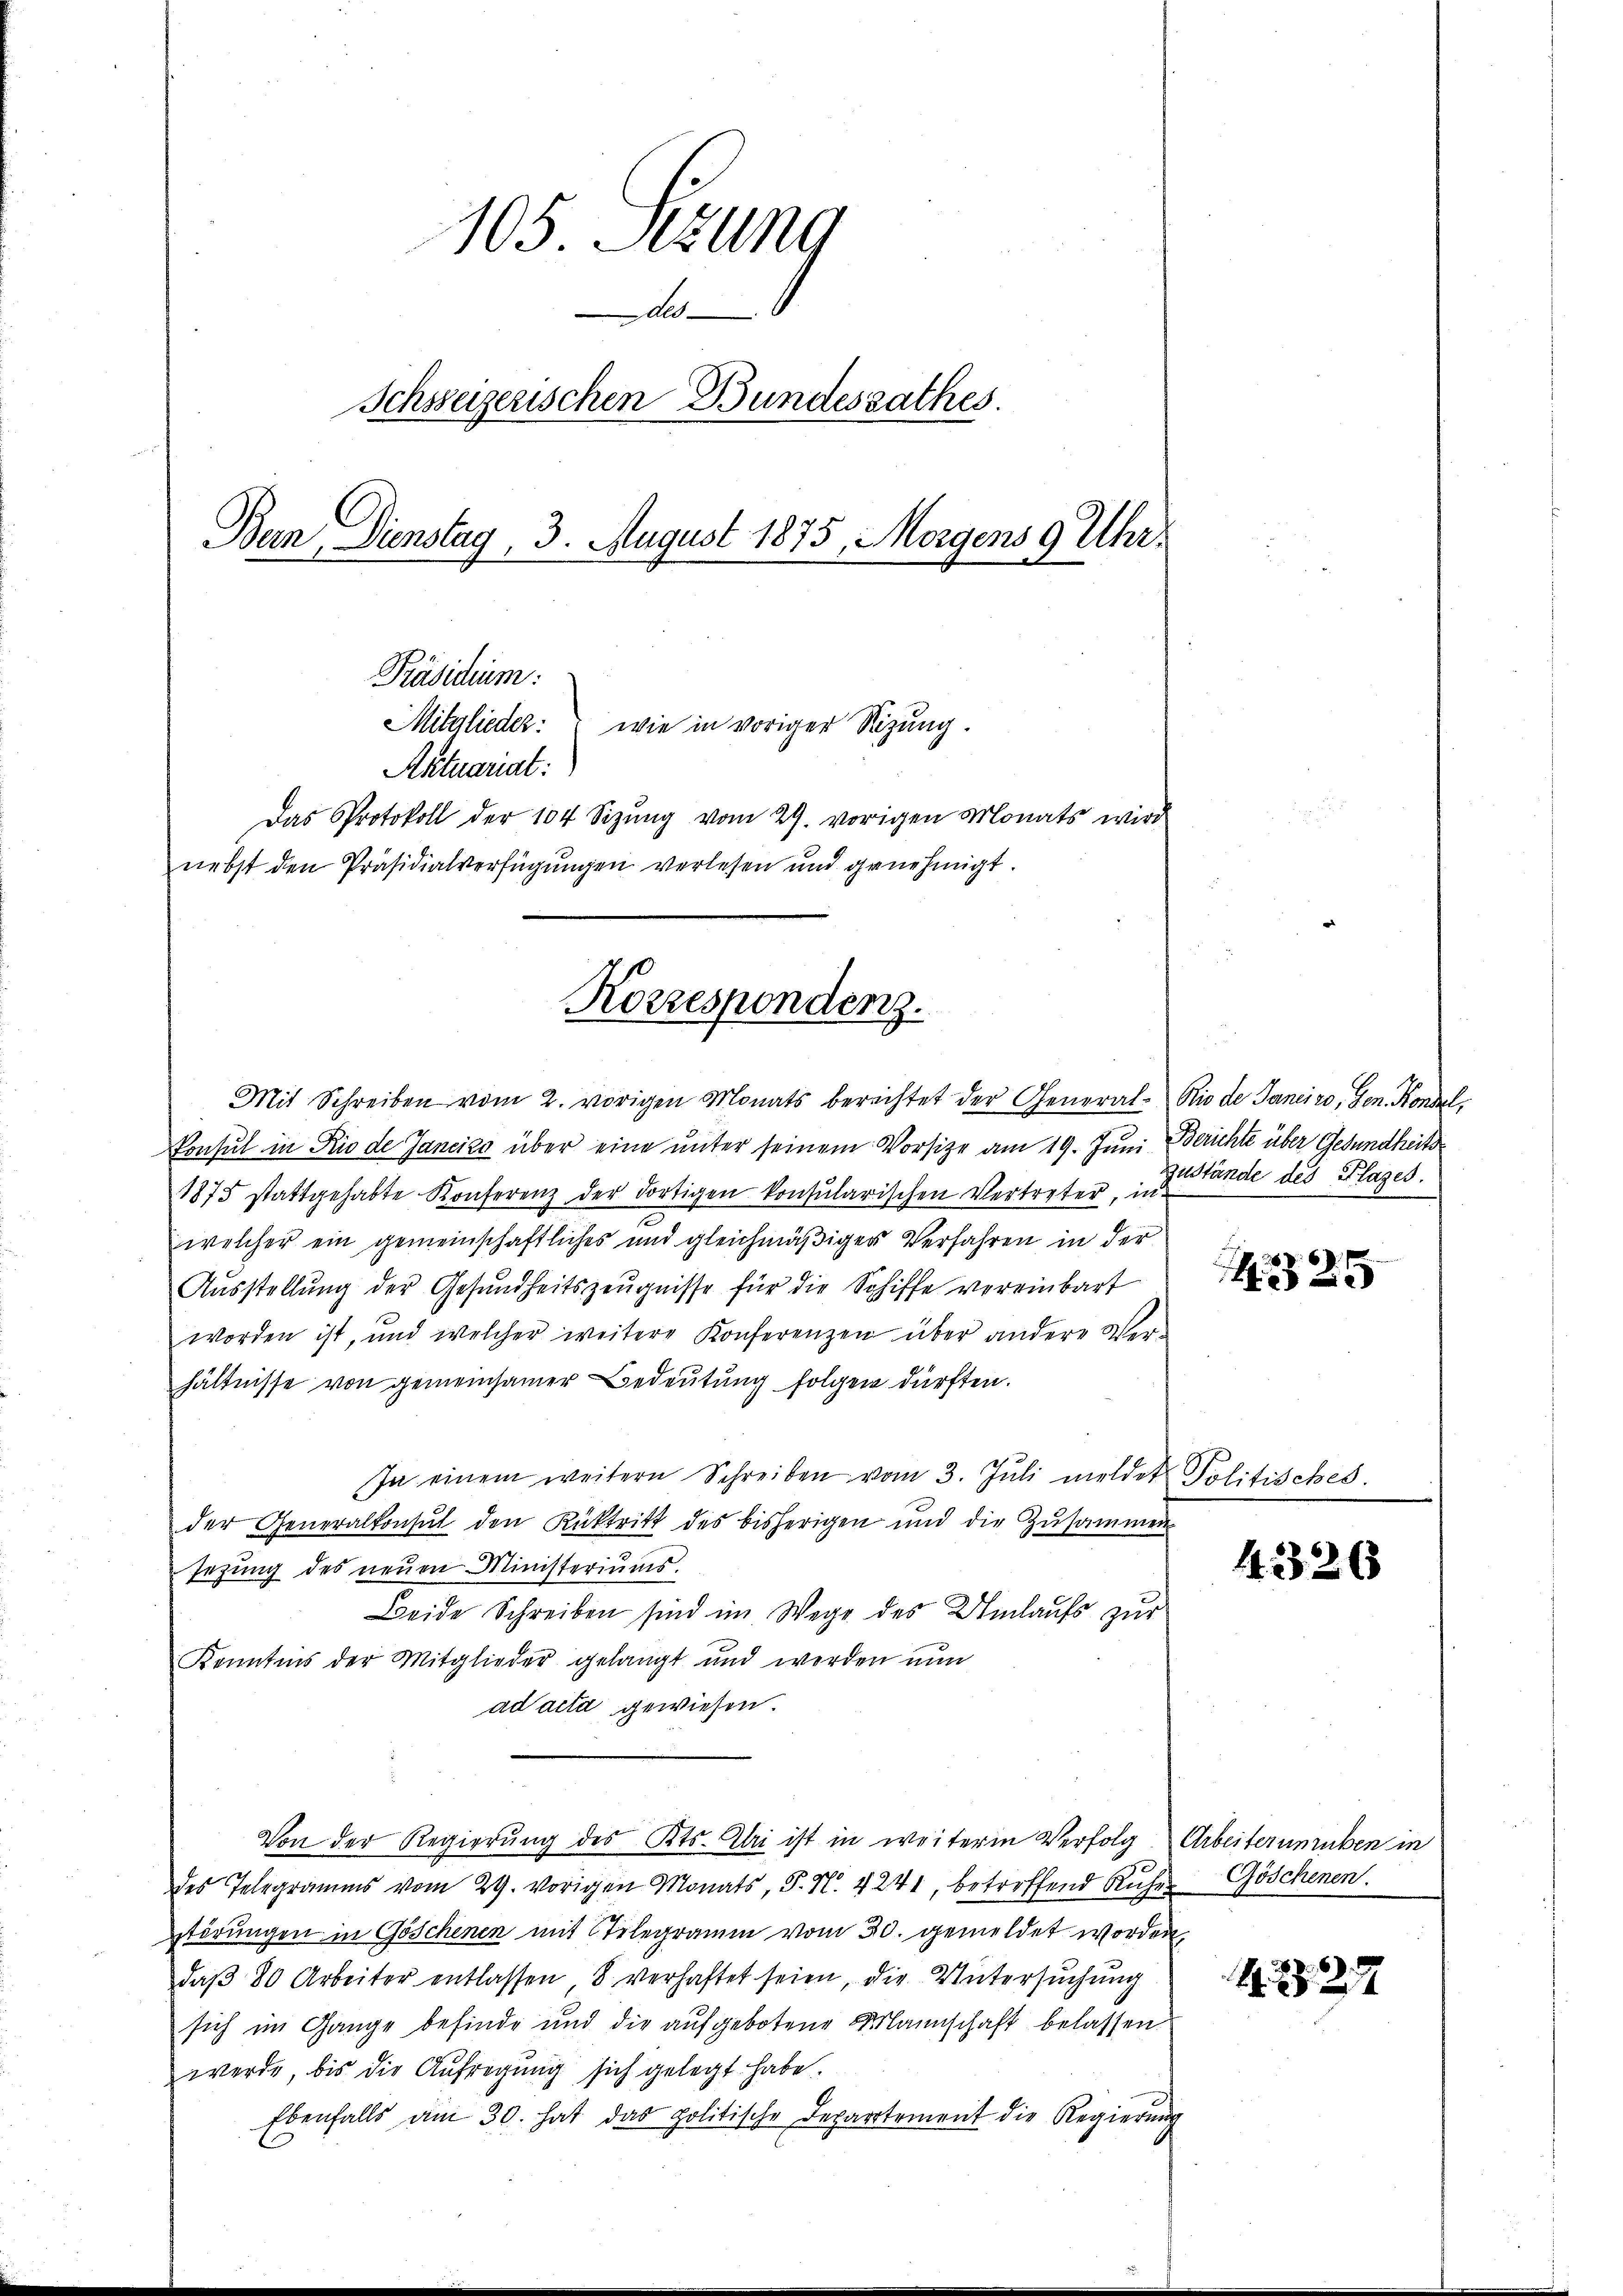
105. Sezung
Al
Schsseizerischen Bundesrathes.
Bern Dienstag, 3. August 1875, Morgens 9 Uhr.
Präsidium:
Mitglieder: wie in voriger Sitzung.
Aktuariat:
Das Protokoll der 104 Sizŭng vom 29. vorigen Monats wird
nebst den Präsidialverfügŭngen verlesen und genehmigt.

Koszespondenz.

Mit Schreiben vom 2. vorigen Monats berechtet der General-Rio de Janeiro, Gen. Kondal,
Konsul in Rio de Jancico über eine unter seinem Vorsitze am 19. Juni Berichte über Gesundheits
1875 stattgehabte Konferenz der dortigen konsularischen Vertreter, in
welcher ein gemeinschaftliches und gleichmäßiger Verfahren in der
Ausstellung der Gesundheitszeugnisse für die Schiffe vereinbart
worden ist, und welcher weitere Konferenzen über andere Ver-
hältnisse von gemeinsamer Bedeutung folgen dürften.
In einem weitern Schreiben vom 3. Jŭli meldet Politisches.
der Generalkonsŭt den Rücktritt des bisherigen und die Zŭsammen
sezung des neuen Ministeriums.
Beide Schreiben sind im Wege des Umlaufs zur
Kenntnis der Mitglieder gelangt und werden nun
ad acta gewiesen.
Von der Regierŭng des Kts. Mai ist in weitere Verfolg. Arbeiterunruben in
des Telegramms vom 29. vorigen Monats, S. N. 4241, betreffend Ruhes Göschenen.
törungen in Göschenen mit Stelegramm vom 30. gemeldet worden,
daβ 80 Arbeiter entlassen 8 verhaftet seien, die Untersuchung
sich im Gange befinde und die aufgebotene Mannschaft belassen
werde, bis die Aufregung sich gelegt habe.
Ebenfalls am 30. hat das politische Departement die Regierŭng

Zustände des Klages.

25

4320

1229